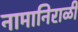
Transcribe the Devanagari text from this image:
नामानिराळी